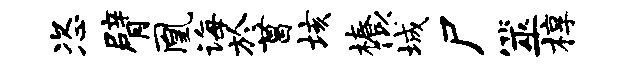
恣臂凰诲於菖垓椿似城尸筮椁